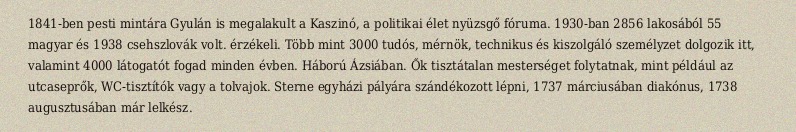
1841-ben pesti mintára Gyulán is megalakult a Kaszinó, a politikai élet nyüzsgő fóruma. 1930-ban 2856 lakosából 55 magyar és 1938 csehszlovák volt. érzékeli. Több mint 3000 tudós, mérnök, technikus és kiszolgáló személyzet dolgozik itt, valamint 4000 látogatót fogad minden évben. Háború Ázsiában. Ők tisztátalan mesterséget folytatnak, mint például az utcaseprők, WC-tisztítók vagy a tolvajok. Sterne egyházi pályára szándékozott lépni, 1737 márciusában diakónus, 1738 augusztusában már lelkész.